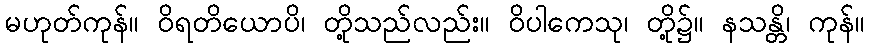
မဟုတ်ကုန်။ ဝိရတိယောပိ၊ တို့သည်လည်း။ ဝိပါကေသု၊ တို့၌။ နသန္တိ၊ ကုန်။